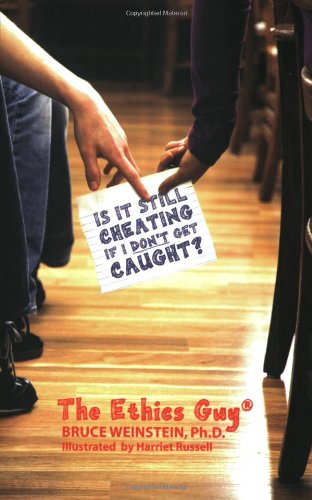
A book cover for Is It Still Cheating If I Don't Get Caught?; Bruce Weinstein; Teen & Young Adult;